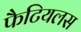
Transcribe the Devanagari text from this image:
फैटियलस